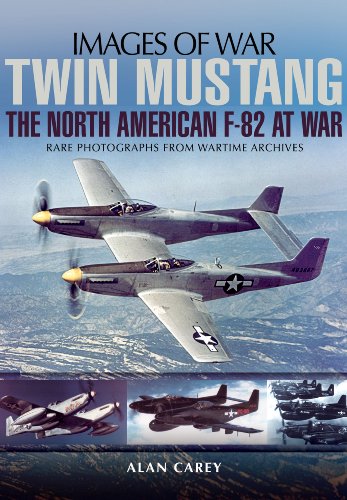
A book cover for Twin Mustang: The North American F-82 at War (Images of War); Alan C. Carey; History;